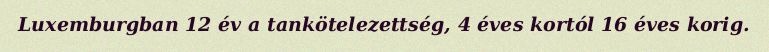
Luxemburgban 12 év a tankötelezettség, 4 éves kortól 16 éves korig.